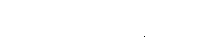
အဒိဋ္ဌသဟာယော